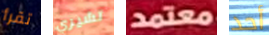
تقرأ تشيري معتمد أحد